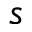
s